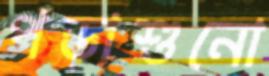
পড়াশুনো